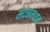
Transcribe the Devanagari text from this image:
मदनमथन